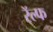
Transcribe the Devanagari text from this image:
रॅल्फ